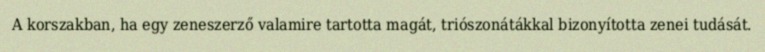
A korszakban, ha egy zeneszerző valamire tartotta magát, triószonátákkal bizonyította zenei tudását.